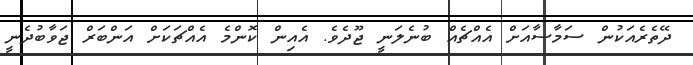
ދޭތެރެއަކުން ސަމާސާއަށް އެއްޗެއް ބުނެލަނީ ޖޫދެވެ. އެއިން ކޮންމެ އެއްޗަކަށް އަންބަރް ޖަވާބުދެނީ